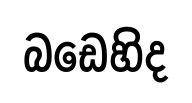
බඩෙහිද